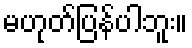
မဟုတ်ပြန်ပါဘူး။